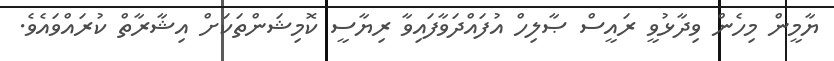
ޔާމީން މިހެން ވިދާޅުވީ ރައީސް ޞާލިހް އުފައްދަވާފައިވާ ރިޔާސީ ކޮމިޝަންތަކަށް އިޝާރާތް ކުރައްވައެވެ.